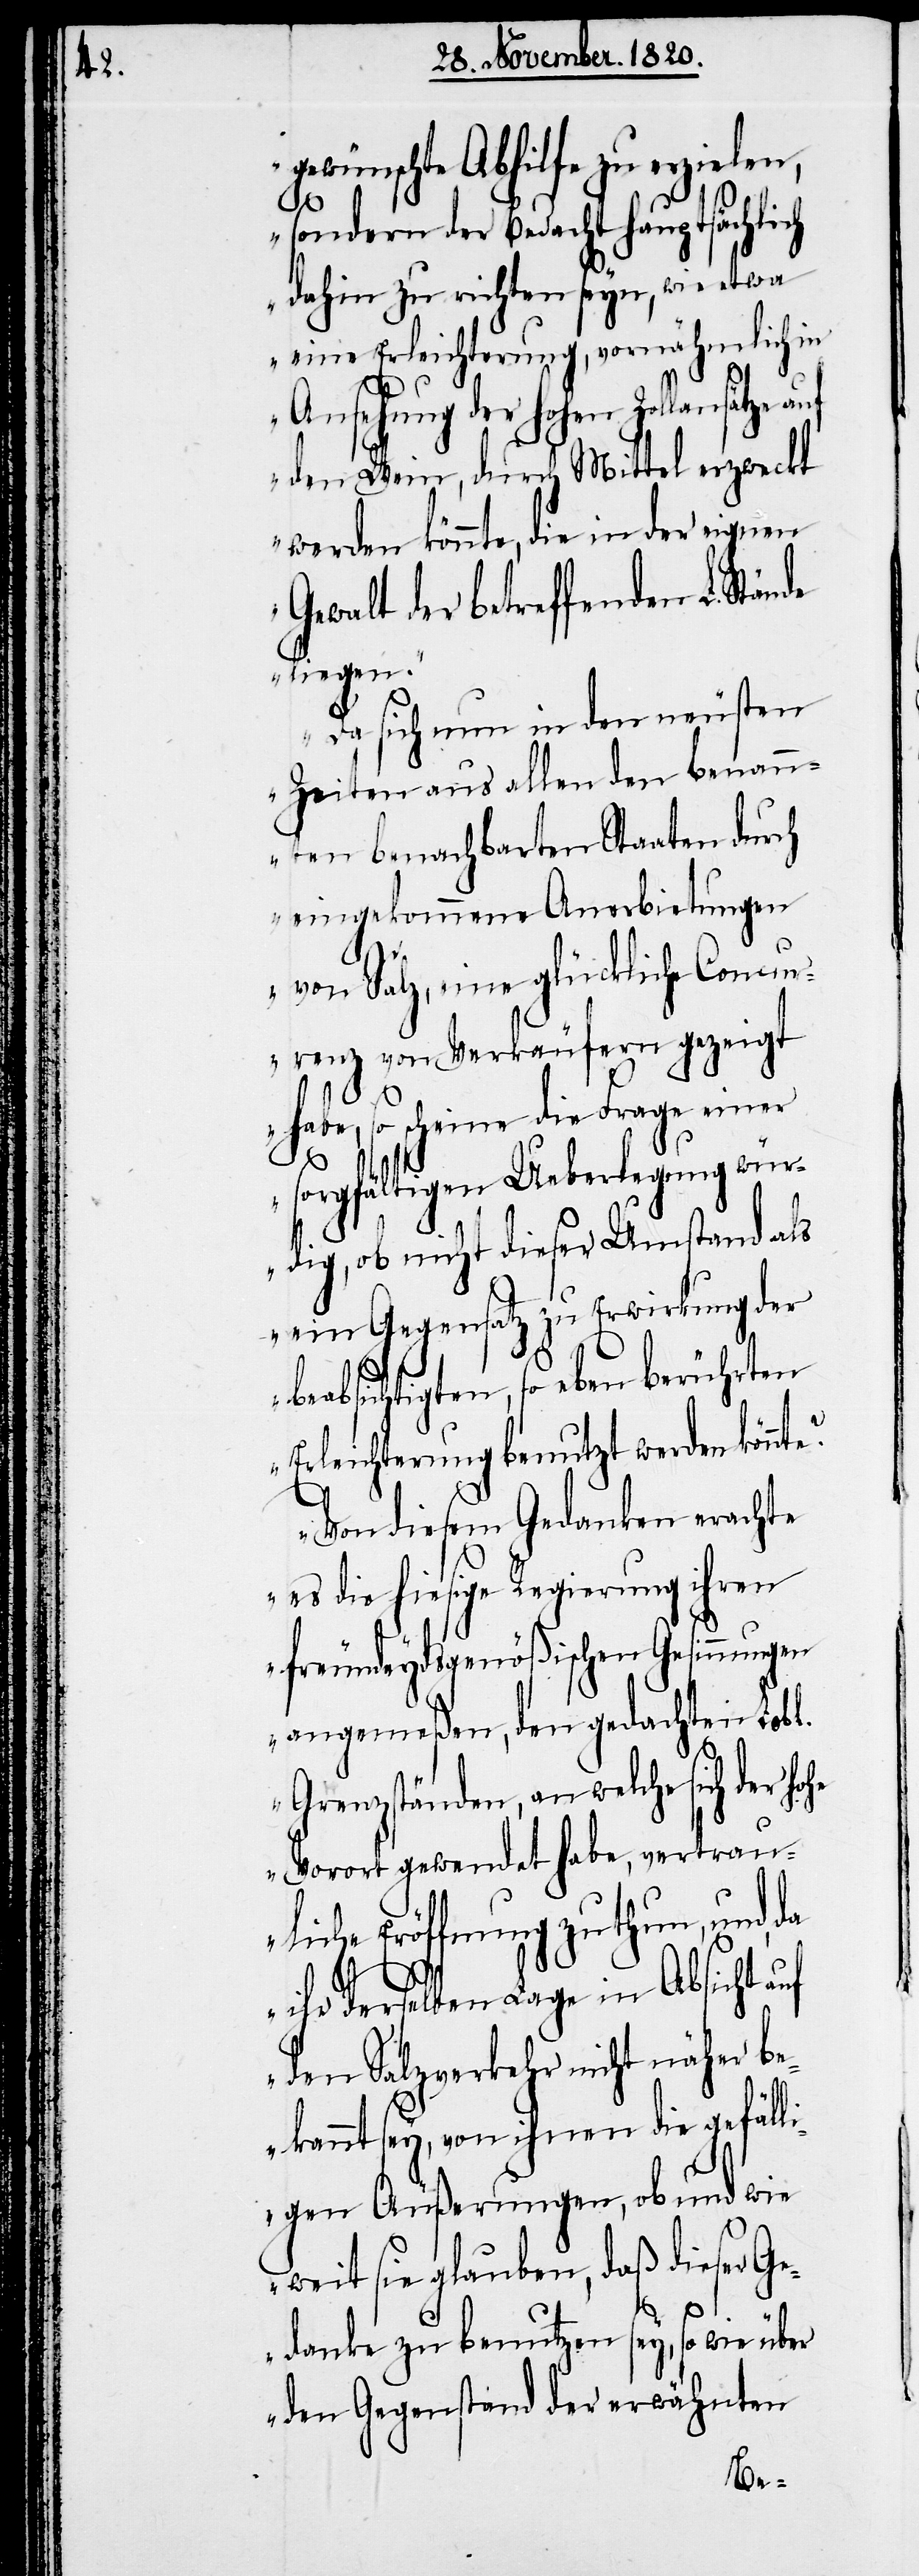
gewünschte Abhilfe zu erzielen,
e?
sondern der Bedacht hauptsächlich
dahin zu richten seyn, wie etwa
eine Erleichterung, vornähmlich in
Ansehung der hohen Zollansätze
den Wein, durch Mittel erzweckt
werden könnte, die in der eignen
Gewalt der betreffenden L.
liege.
Da sich nun in den neusten
Zeiten aus allen den benann¬
ten benachbarten Staaten durch
eingekommene Anerbietungen
von Salz, eine glückliche Concur¬
renz von Verkäufern gezeigt
habe, so scheine die Frage einer
sorgfältigen Ueberlegung wür¬
dig, ob nicht dieser Umstand als
ein Gegensatz zu Erwirkung der
beabsichtigten, so eben berührten
Erleichterung benutzt werden könnt¬
Von diesem Gedanken erachte
es die hiesige Regierung ihren
freundeydsgnößischen Gesinnungen
angemeßen, den gedachten Lobl.
Grenzständen, an welche sich der ho¬
he Vorort gewendet habe, vertrau¬
liche Eröffnung zu thun, und,
ihr derselben Lage in Absicht auf
den Salzverkehr nicht näher be¬
kannt sey, von ihnen die gefäll¬
igen Äußerungen, ob und wie
weit sie glauben, daß dieser G¬
edanke zu benutzen sey, so wie
den Gegenstand der erwähnten